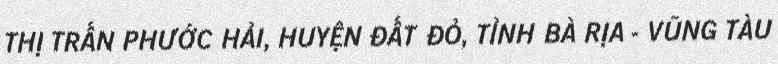
THỊ TRẤN PHƯỚC HẢI, HUYỆN ĐẤT ĐỎ, TỈNH BÀ RỊA - VŨNG TÀU